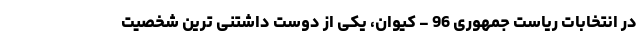
در انتخابات ریاست جمهوری 96 - کیوان، یکی از دوست داشتنی ترین شخصیت